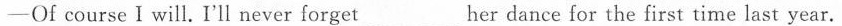
-Of course I will. I'll never forget_her dance for the first time last year.